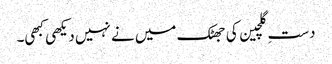
دستِ گلچین کی جھٹک میں نے نہیں دیکھی کبھی۔